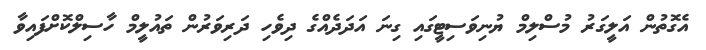
އެގޮތުން އަލީގަރު މުސްލިމް ޔުނިވަސިޓީގައި ގިނަ އަދަދެއްގެ ދިވެހި ދަރިވަރުން ތައުލީމް ހާސިލްކޮށްފައިވާ